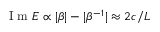
\mathrm { ~ I ~ m ~ } E \propto | \beta | - | \beta ^ { - 1 } | \approx 2 c / L